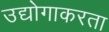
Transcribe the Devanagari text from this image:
उद्योगाकरता